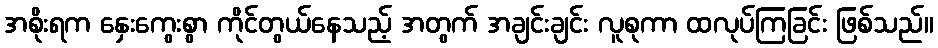
အစိုးရက နှေးကွေးစွာ ကိုင်တွယ်နေသည့် အတွက် အချင်းချင်း လူစုကာ ထလုပ်ကြခြင်း ဖြစ်သည်။